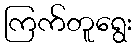
ကြက်တူရွေး